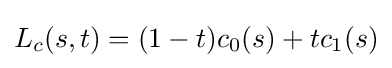
L_{c}(s,t)=(1-t)c_{0}(s)+tc_{1}(s)